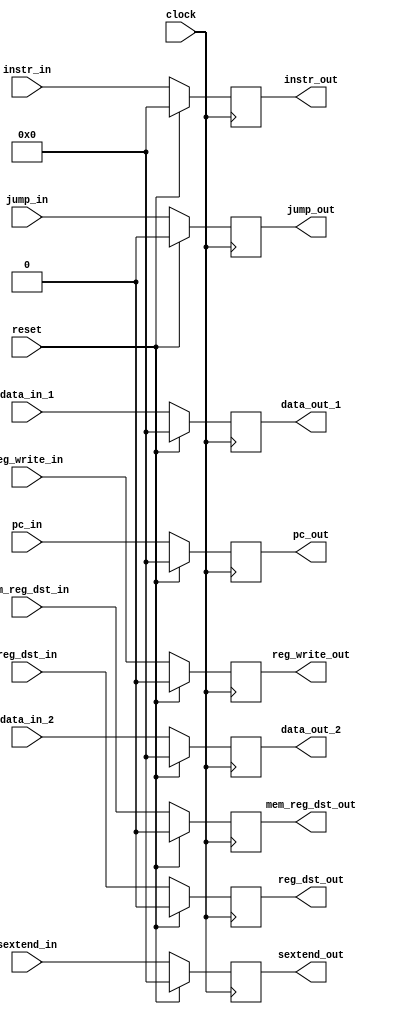
//ID_EX_pipe.v



module ID_EX_PIPE(
	input wire clock,
	input wire reset,
	input wire [31:0] pc_in,
	
	// non-controller stuff
	input wire [31:0] data_in_1,
	input wire [31:0] data_in_2,
	input wire [31:0] sextend_in,
	input wire [31:0] instr_in,
	output reg [31:0] data_out_1,
	output reg [31:0] data_out_2,
	output reg [31:0] pc_out,
	output reg [31:0] instr_out,
	output reg [31:0] sextend_out,
	
	
	//controller stuff
	input wire reg_write_in,
	input wire reg_dst_in,
	input wire mem_reg_dst_in,
	output reg reg_write_out,
	output reg reg_dst_out,
	output reg mem_reg_dst_out,
	
	//jump stuff
	input wire jump_in,
	output reg jump_out);
	
	
	initial begin
		data_out_1 = 32'h00000000;
		data_out_2 = 32'h00000000;
		sextend_out = 32'h00000000;
		instr_out <= 32'h00000000;
		pc_out = 32'h00000000;
		reg_dst_out = 0;
		mem_reg_dst_out = 0;
		reg_write_out = 0;
		jump_out = 0;
	end
	
	always @(posedge clock) begin
		if (reset == 1'b1) begin
			data_out_1 <= 32'h00000000;
			data_out_2 <= 32'h00000000;
			sextend_out <= 32'h00000000;
			instr_out <= 32'h00000000;
			pc_out <= 32'h00000000;
			reg_dst_out <= 0;
			mem_reg_dst_out <= 0;
			reg_write_out <= 0;
			jump_out <= 0;
		end else begin
			data_out_1 <= data_in_1;
			data_out_2 <= data_in_2;
			sextend_out <= sextend_in;
			instr_out <= instr_in;
			pc_out <= pc_in;
			reg_dst_out <= reg_dst_in;
			mem_reg_dst_out <= mem_reg_dst_in;
			reg_write_out <= reg_write_in;
			jump_out <= jump_in;
		end
	end
endmodule